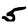
Digit: 5